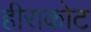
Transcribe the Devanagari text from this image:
हीराकोट